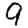
Digit: 9